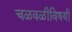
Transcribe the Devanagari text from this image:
चळवळीविषयी